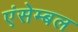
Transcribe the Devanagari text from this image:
एंसेम्बल